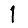
Digit: 1